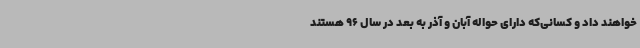
خواهند داد و کسانی‌که دارای حواله آبان و آذر به بعد در سال 96 هستند